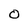
Character: O